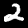
Digit: 2